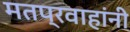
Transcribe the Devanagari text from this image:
मतप्रवाहांनी